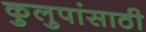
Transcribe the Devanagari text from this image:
कुलुपांसाठी